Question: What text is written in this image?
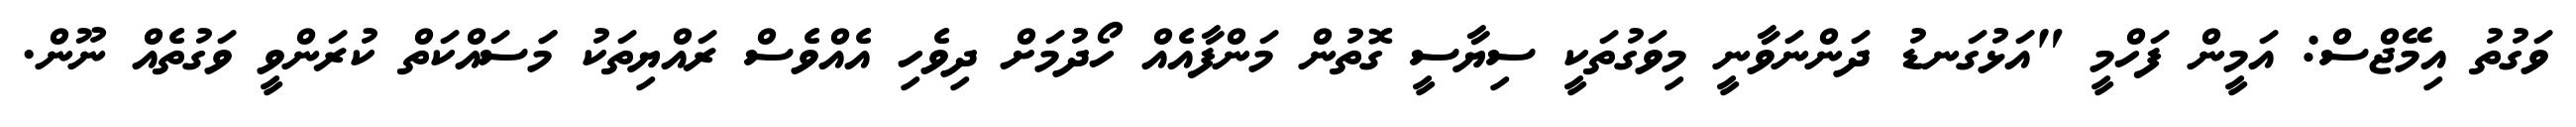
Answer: ވަގުތު އިމޭޖްސް: އަމީން ފަހްމީ "އަޅުގަނޑު ދަންނަވާނީ މިވަގުތަކީ ސިޔާސީ ގޮތުން މަންފާއެއް ހޯދުމަށް ދިވެހި އެއްވެސް ރައްޔިތަކު މަަސައްކަތް ކުރަންވީ ވަގުތެއް ނޫން.